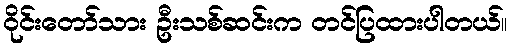
ဝိုင်းတော်သား ဦးသစ်ဆင်းက တင်ပြထားပါတယ်။